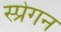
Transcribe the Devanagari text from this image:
स्प्रेगन